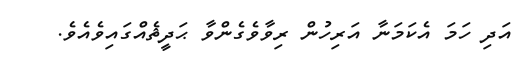
އަދި ހަމަ އެކަމަނާ އަރިހުން ރިވާވެގެންވާ ޙަދީޘެއްގައިވެއެވެ.